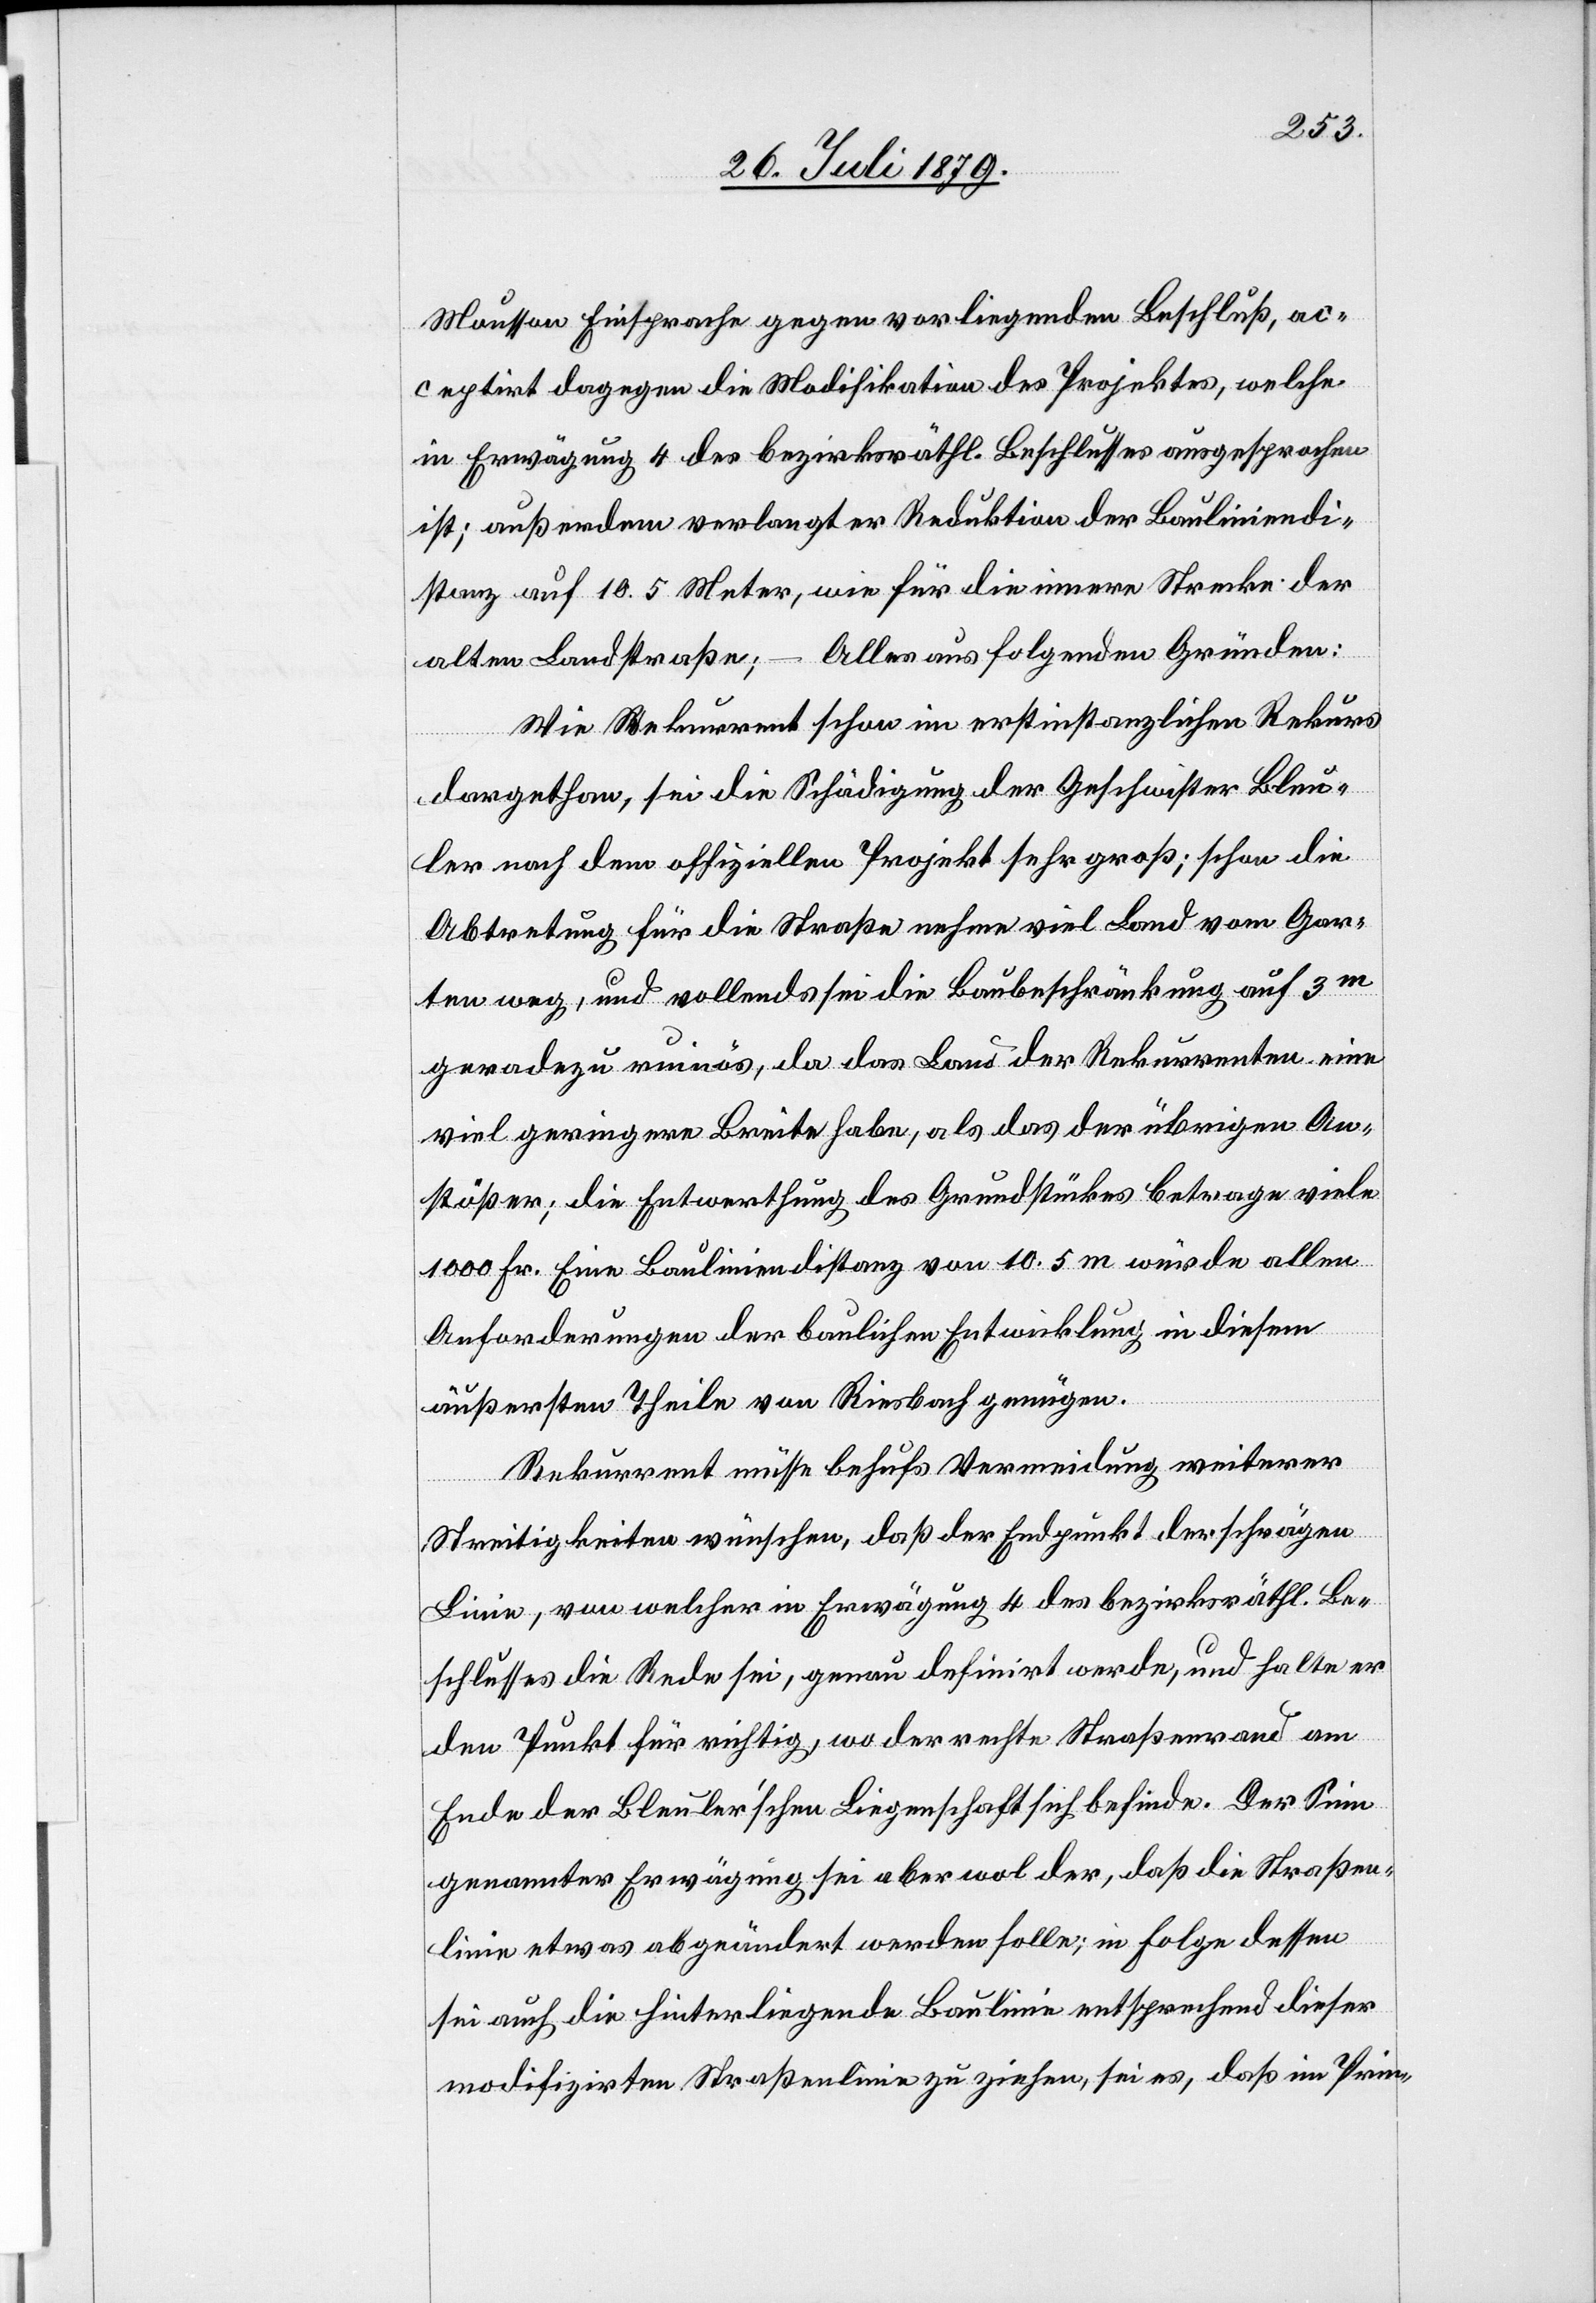
Mousson Einsprache gegen vorliegenden Beschluß, ac¬
ceptirt dagegen die Modifikation des Projektes, welche
in Erwägung 4 des bezirksräthl. Beschlusses ausgesprochen
ist; außerdem verlangt er Reduktion der Bauliniendi¬
stanz auf 10.5 Meter, wie für die innere Strecke der
alten Landstraße; – Alles aus folgenden Gründen:
Wie Rekurrent schon im erstinstanzlichen Rekurs
dargethan, sei die Schädigung der Geschwister Bleu¬
ler nach dem offiziellen Projekt sehr groß, schon die
Abtretung für die Straße nehme viel Land vom Gar¬
ten weg, und vollends sei die Baubeschränkung auf 3m
geradezu ruinös, da das Land der Rekurrenten eine
viel geringere Breite habe, als das der übrigen An¬
stößer; die Entwerthung des Grundstückes betrage viele
1000 Fr. Eine Bauliniendistanz von 10.5 m würde allen
Anforderungen der baulichen Entwicklung in diesem
äußersten Theile von Riesbach genügen.
Rekurrenten müsse behufs Vermeidung weiterer
Streitigkeiten wünschen, daß der Endpunkt der schrägen
Linie, von welcher in Erwägung 4 des bezirksräthl. Be¬
schlusses die Rede sei, genau definirt werde, und halte er
den Punkt für richtig, wo der rechte Straßenrand am
Ende der Bleuler’schen Liegenschaft sich befinde. Der Sinn
genannter Erwägung sei aber wol der, daß die Straßen¬
linie etwas abgeändert werden solle; in Folge dessen
sei auch die hinterliegende Baulinie entsprechend dieser
modifizirten Straßenlinie zu ziehen, sei es, daß im Prin-